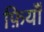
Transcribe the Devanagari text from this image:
फ़ियॉँ